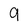
Character: 9